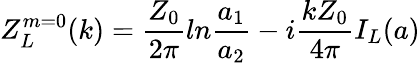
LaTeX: Z_{L}^{m=0}(k)=\frac{Z_{0}}{2\pi}ln\frac{a_{1}}{a_{2}}-i\frac{kZ_{0}}{4\pi}I_{L}(a)